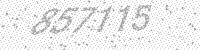
Solution: 857115